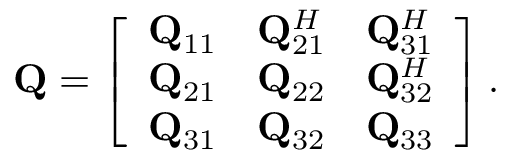
\mathbf { Q } = \left[ \begin{array} { c c c } { \mathbf { Q } _ { 1 1 } } & { \mathbf { Q } _ { 2 1 } ^ { H } } & { \mathbf { Q } _ { 3 1 } ^ { H } } \\ { \mathbf { Q } _ { 2 1 } } & { \mathbf { Q } _ { 2 2 } } & { \mathbf { Q } _ { 3 2 } ^ { H } } \\ { \mathbf { Q } _ { 3 1 } } & { \mathbf { Q } _ { 3 2 } } & { \mathbf { Q } _ { 3 3 } } \end{array} \right] .